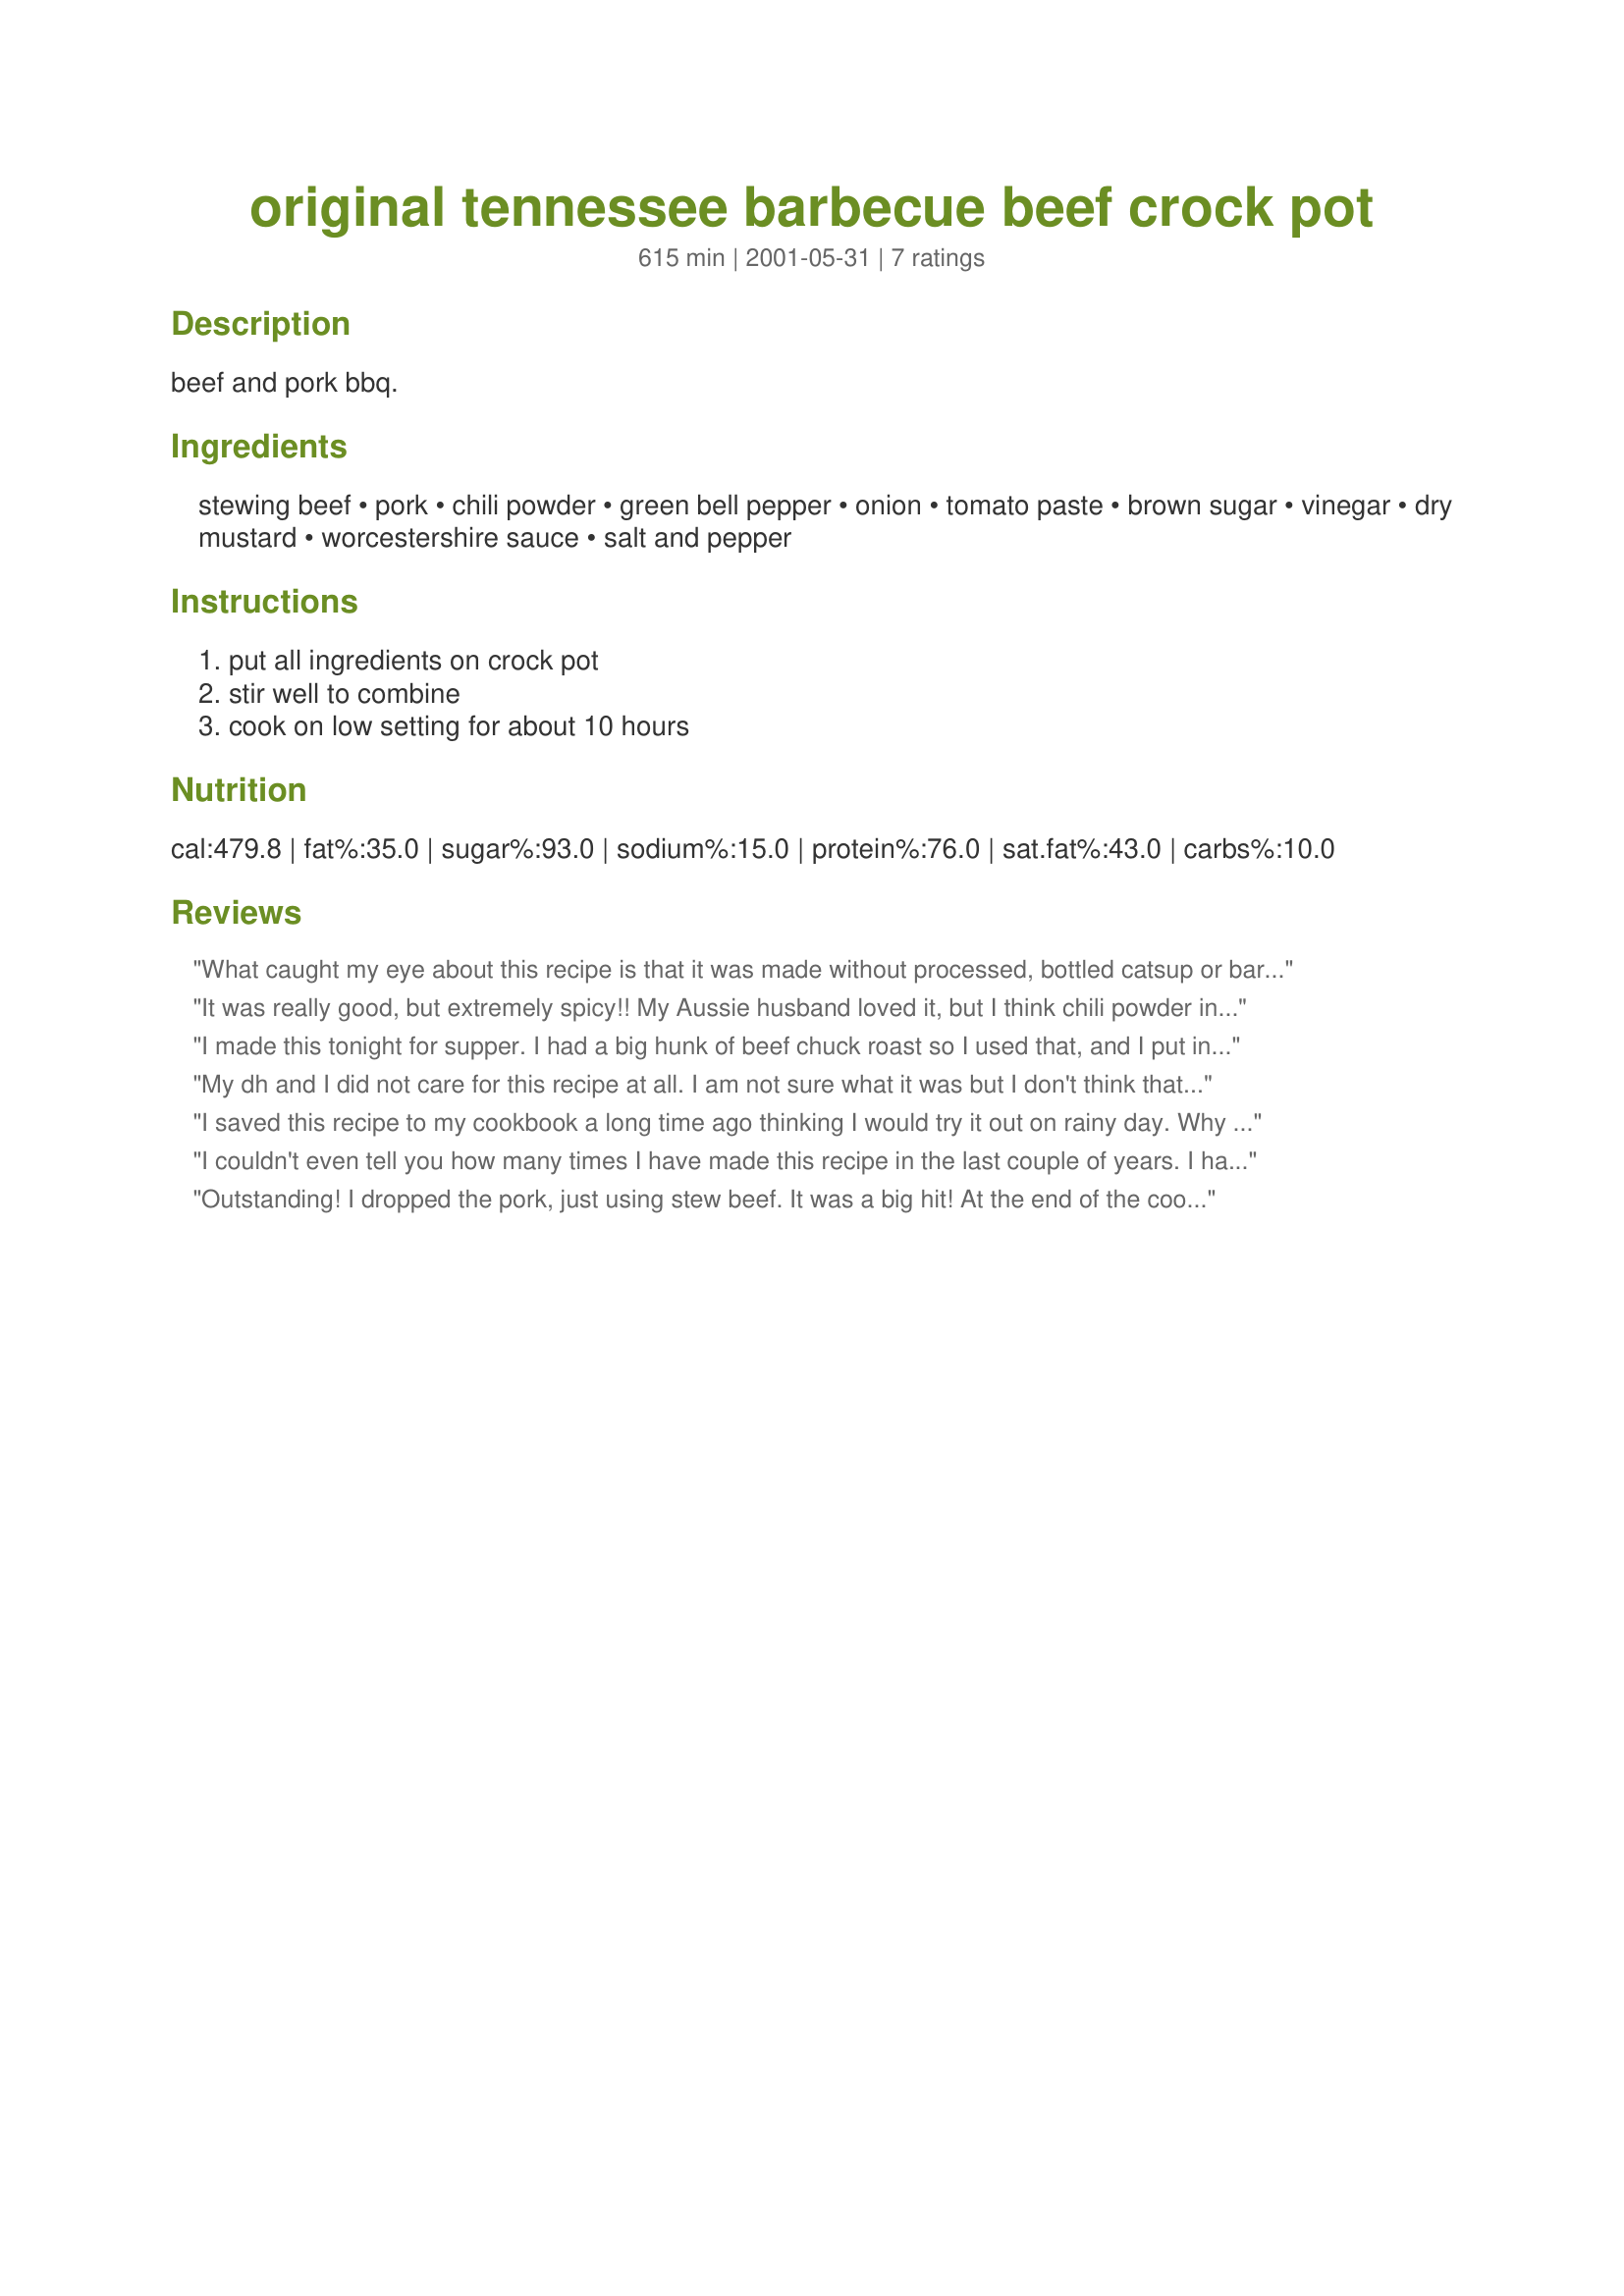
original tennessee barbecue beef crock pot
Preparation time: 615 minutes

beef and pork bbq.

Ingredients:
stewing beef, pork, chili powder, green bell pepper, onion, tomato paste, brown sugar, vinegar, dry mustard, worcestershire sauce, salt and pepper

Steps:
put all ingredients on crock pot, stir well to combine, cook on low setting for about 10 hours

Reviews:
What caught my eye about this recipe is that it was made without processed, bottled catsup or barbecue sauce. I used two thick cut pork chops with the stew beef (nice combination). I too served it Southern Style with cole slaw and hot sauce. A tad sweet though, will make it with less brown sugar next time. Thanks for a family favorite.
It was really good, but extremely spicy!! My Aussie husband loved it, but I think chili powder in Australia is a bit more spicy than in the States. And I used quite a bit less than the recipe called for! It's been a lesson in culinary arts moving to Oz!! Thanks for the recipe...will definitely be making it again!
I made this tonight for supper. I had a big hunk of beef chuck roast so I used that, and I put in a wee splash of liquid smoke and a little ketchup to strech it. I think I ate half of it already, with coleslaw. Absolutely excellent.
My dh and I did not care for this recipe at all. I am not sure what it was but I don't think that I will be making this again. Thanks for the posting anyways.
I saved this recipe to my cookbook a long time ago thinking I would try it out on rainy day. Why didn't I try it out sooner?! It was 1)easy to make and 2)amazing to eat. I used go to restaurants for meat flavored like this, not anymore. My only wish is that I knew what side dishes southerners would have with this. :) It was great and if you are reading this, print this off and try it ASAP!
I couldn't even tell you how many times I have made this recipe in the last couple of years. I have never used pork, only beef. Tastes great. Use cheap beef cuts like chuck, it works best. Cubes if you want, I stopped bothering. It's easier to shred one bigger piece then lots of little ones. Brown the beef a bit on all sides then add to pot. Sometimes I add one smashed garlic clove. I can't use Worcestershire sauce so I use a few drops of Gravy Master. No green pepper? Then don't put it in :-)/ Use more tomato paste rather then ketchup for extra sauce, but this recipe makes plenty by the time it's done cooking. Don't put this in a big crockpot, use a smaller one. Use cooking spray on the sidewalls of the pot, you'll be glad you did! 10 hours cooking is too long for my pot, it tastes burnt rather then the smoky flavor that develops on its own. I do 6-8 hours. Don't skip the coleslaw, seriously. Put it on top or next to the bbq beef, you will not believe what a difference it makes even if you don't like coleslaw. Yum.
Outstanding! I dropped the pork, just using stew beef. It was a big hit! At the end of the cooking cycle I shredded the meat with 2 forks. Being a true Southerner I topped the bbq with cole slaw on the bun. Will try with the pork next time... and there will definitely be a next time!!
